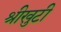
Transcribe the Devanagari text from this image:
श्रीखुटी